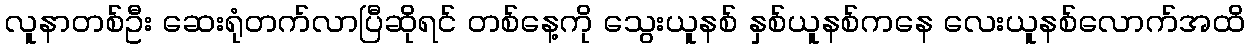
လူနာတစ်ဦး ဆေးရုံတက်လာပြီဆိုရင် တစ်နေ့ကို သွေးယူနစ် နှစ်ယူနစ်ကနေ လေးယူနစ်လောက်အထိ